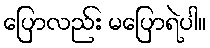
ပြောလည်း မပြောရဲပါ။